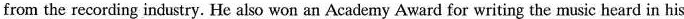
from the recording industry. He also won an Academy Award for writing the music heard in his